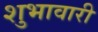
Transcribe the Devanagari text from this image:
शुभावारी